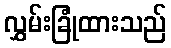
လွှမ်းခြုံထားသည်